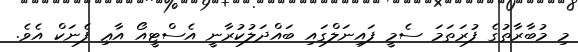
މި މުބާރާތުގެ ފުރަތަމަ ސެމީ ފައިނަލްގައި ބައްދަލުކުރާނީ އެސްޓީއޯ އާޢި ފެނަކް އެވެ.